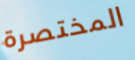
المختصرة